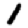
Digit: 1